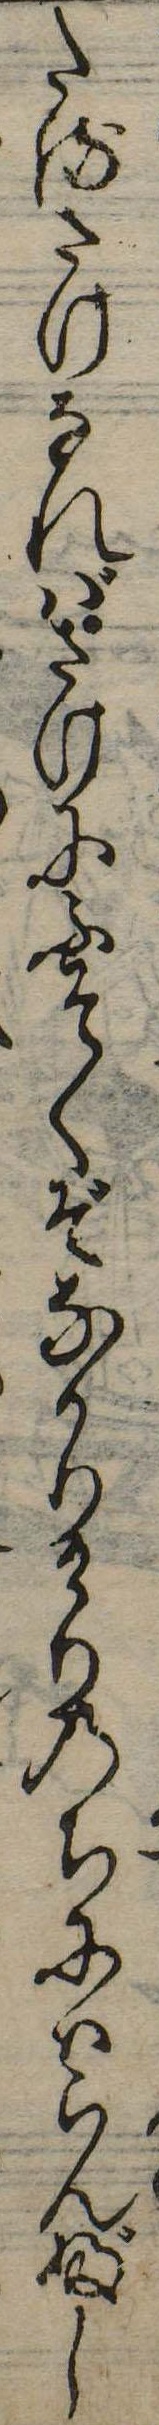
たるさけなればさけにふそくぞなかりけりのちにはらんぶし